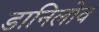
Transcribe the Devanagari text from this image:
डानिलोव